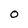
Character: o